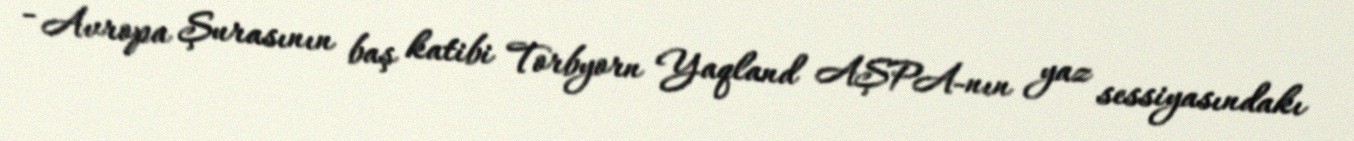
- Avropa Şurasının baş katibi Torbyorn Yaqland AŞPA-nın yaz sessiyasındakı